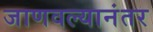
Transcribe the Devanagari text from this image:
जाणवल्यानंतर